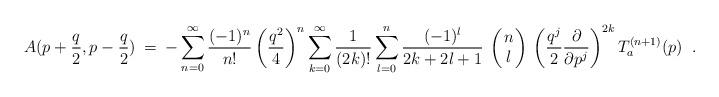
LaTeX: \begin{align*}A(p+\frac{q}{2}, p-\frac{q}{2}) \:=\: -\sum_{n=0}^\infty \frac{(-1)^n}{n!} \left(\frac{q^2}{4} \right)^n \sum_{k=0}^\infty \frac{1}{(2k)!} \sum_{l=0}^n \frac{(-1)^l}{2k+2l+1} \: \left(\!\! \begin{array}{c} n \\ l \end{array} \!\!\right) \: \left(\frac{q^j}{2} \frac{\partial}{\partial p^j}\right)^{2k} T_a^{(n+1)}(p) \;\; .\end{align*}